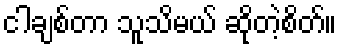
ငါချစ်တာ သူသိမယ် ဆိုတဲ့စိတ်။